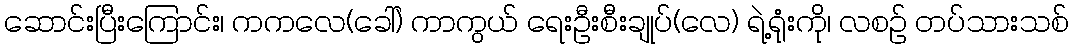
ဆောင်းပြီးကြောင်း၊ ကကလေ(ခေါ်) ကာကွယ် ရေးဦးစီးချုပ်(လေ) ရဲ့ရုံးကို၊ လစဉ် တပ်သားသစ်